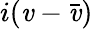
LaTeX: i(\mathit{v}-{\bar{{\mathit{v}}}})